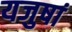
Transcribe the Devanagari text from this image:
यजुषां